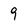
Character: 9